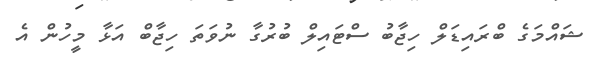
ޝައްމަގެ ބްރައިޑަލް ހިޖާބު ސްޓައިލް ބުރުގާ ނުވަތަ ހިޖާބް އަޅާ މީހުން އެ